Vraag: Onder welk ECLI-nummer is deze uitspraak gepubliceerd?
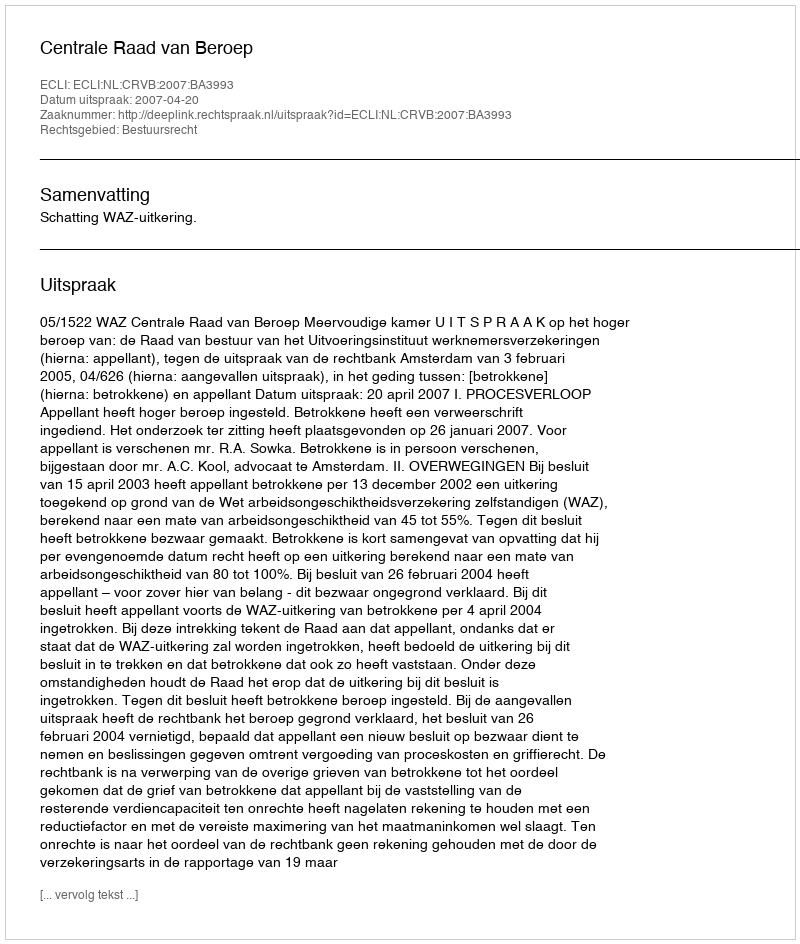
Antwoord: ECLI:NL:CRVB:2007:BA3993